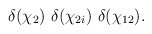
\begin{align*}\delta(\chi_{2}) \ \delta(\chi_{2i}) \ \delta(\chi_{12}) .\end{align*}